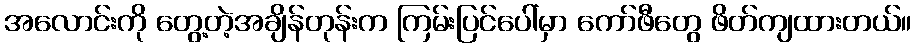
အလောင်းကို တွေ့တဲ့အချိန်တုန်းက ကြမ်းပြင်ပေါ်မှာ ကော်ဖီတွေ ဖိတ်ကျထားတယ်။